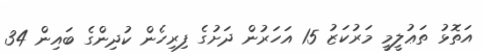
އަތޮޅު ތަޢުލީމީ މަރުކަޒު 15 އަހަރުން ދަށުގެ ފިރިހެން ކުދިންގެ ބައިން 34